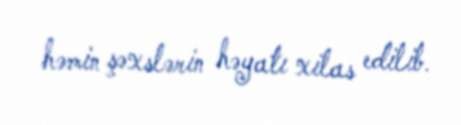
həmin şəxslərin həyatı xilas edilib.